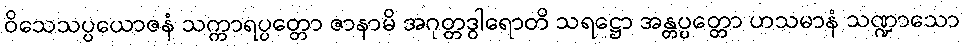
ဝိသေသပ္ပယောဇနံ သက္ကာရပ္ပတ္တော ဇာနာမိ အဂုတ္တဒွါရောတိ သရဋ္ဌော အန္တပ္ပတ္တော ဟသမာနံ သဏ္ဍာသော